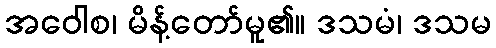
အဝေါစ၊ မိန့်တော်မူ၏။ ဒသမံ၊ ဒသမ